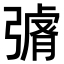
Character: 𭛄